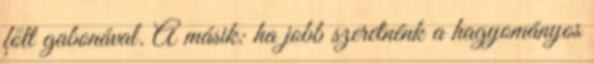
főtt gabonával. A másik: ha jobb szeretnénk a hagyományos